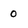
Character: 0